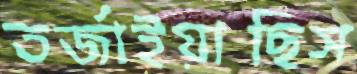
তর্জাইয়াছিস